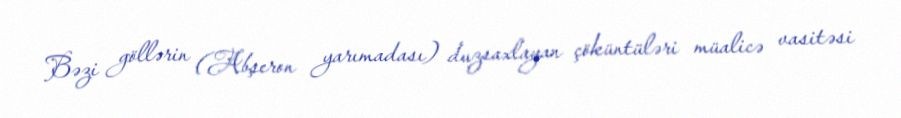
Bəzi göllərin (Abşeron yarımadası) duzsaxlayan çöküntüləri müalicə vasitəsi